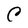
Character: C